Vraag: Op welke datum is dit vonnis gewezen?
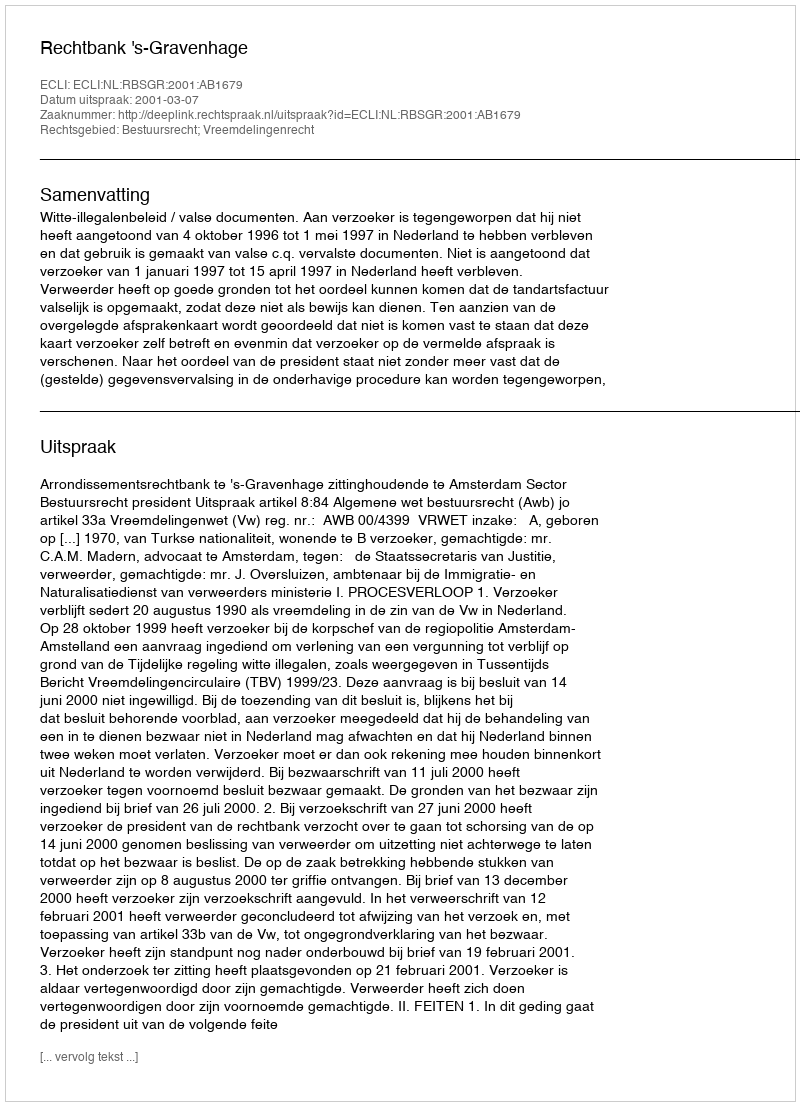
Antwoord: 2001-03-07